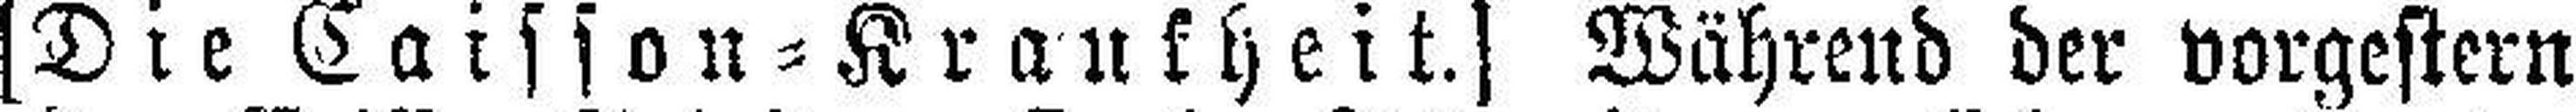
[Die Caisson=Krankheit.] Während der vorgestern